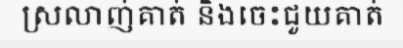
ស្រលាញ់គាត់ និងចេះជួយគាត់